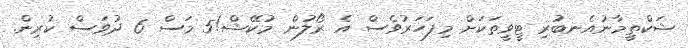
ޝަކްތީމާނުއެެނބުރި ޓީވީތަކަށް މިފަހަރުވެސް އެ ރޯލުން މުކޭޝް!5 މަސް 6 ދުވަސް ކުރިން.